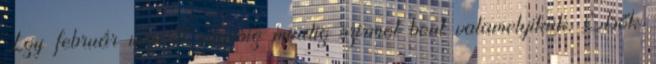
Így február végétől májusig mindig szirmot bont valamelyikük. Elsők